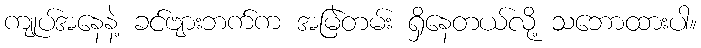
ကျုပ်အနေနဲ့ ခင်ဗျားဘက်က အမြဲတမ်း ရှိနေတယ်လို့ သဘောထားပါ။